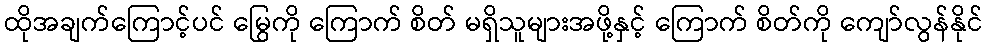
ထိုအချက်ကြောင့်ပင် မြွေကို ကြောက် စိတ် မရှိသူများအဖို့နှင့် ကြောက် စိတ်ကို ကျော်လွန်နိုင်